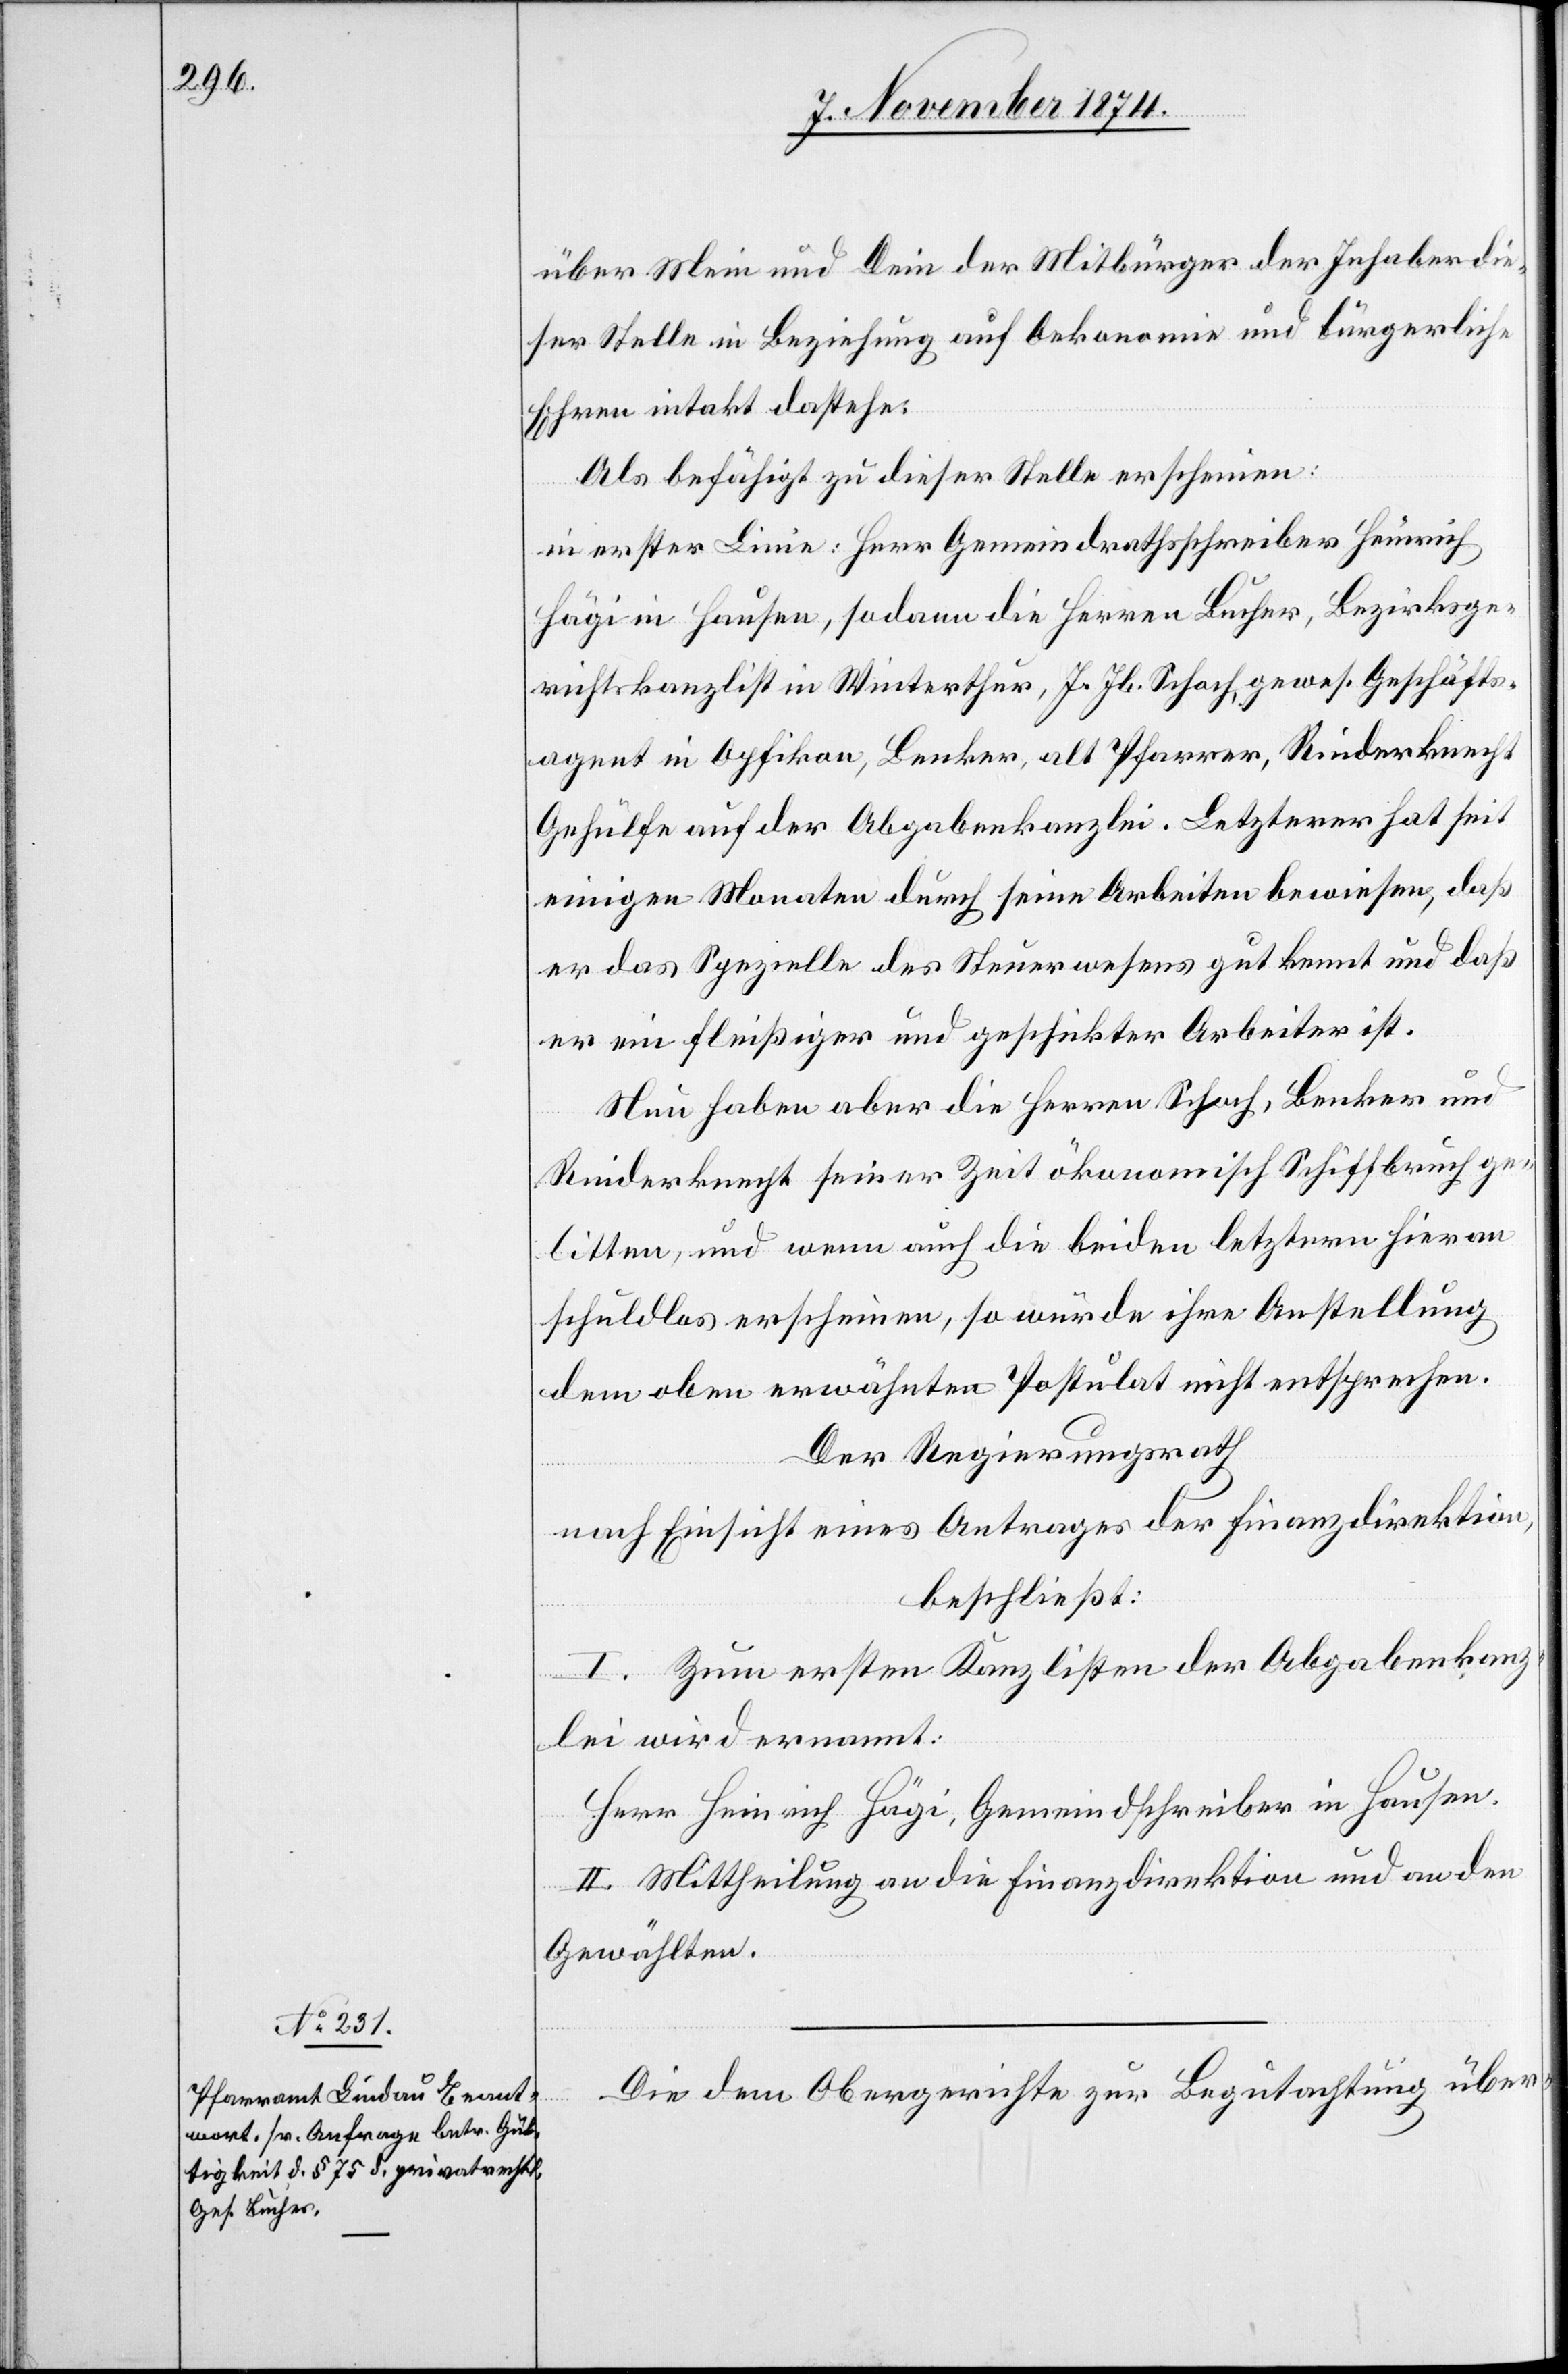
über Mein und Dein der Mitbürger der Inhaber die¬
ser Stelle in Beziehung auf Oekonomie und bürgerliche
Ehren intakt dastehe.
Als befähigt zu dieser Stelle erscheinen:
in erster Linie: Herr Gemeindrathsschreiber Heinrich
Hägi in Hausen, sodann die Herren Bucher, Bezirksge¬
richtskanzlist in Winterthur, J. Jb. Schoch, gewes. Geschäfts¬
agent in Opfikon, Benker, als Pfarrer, Rinderknecht
Gehülfe auf der Abgabenkanzlei. Letzterer hat seit
einigen Monaten durch seine Arbeiten bewiesen, daß
er das Spezielle des Steuerwesens gut kennt und daß
er ein fleißiger und geschickter Arbeiter ist.
Nun haben aber die Herren Schoch, Benker und
Rinderknecht seiner Zeit ökonomisch Schiffbruch ge¬
litten, und wenn auch die beiden letztern hieran
schuldlos erscheinen, so würde ihre Anstellung
dem oben erwähnten Postulat nicht entsprechen.
Der Regierungsrath
nach Einsicht eines Antrages der Finanzdirektion,
beschließt:
I. Zum ersten Kanzlisten der Abgabenkanz¬
lei wird ernannt:
Herr Heinrich Hägi, Gemeindschreiber in Hausen.
II. Mittheilung an die Finanzdirektion und an den
Gewählten.
Die dem Obergerichte zur Begutachtung über-